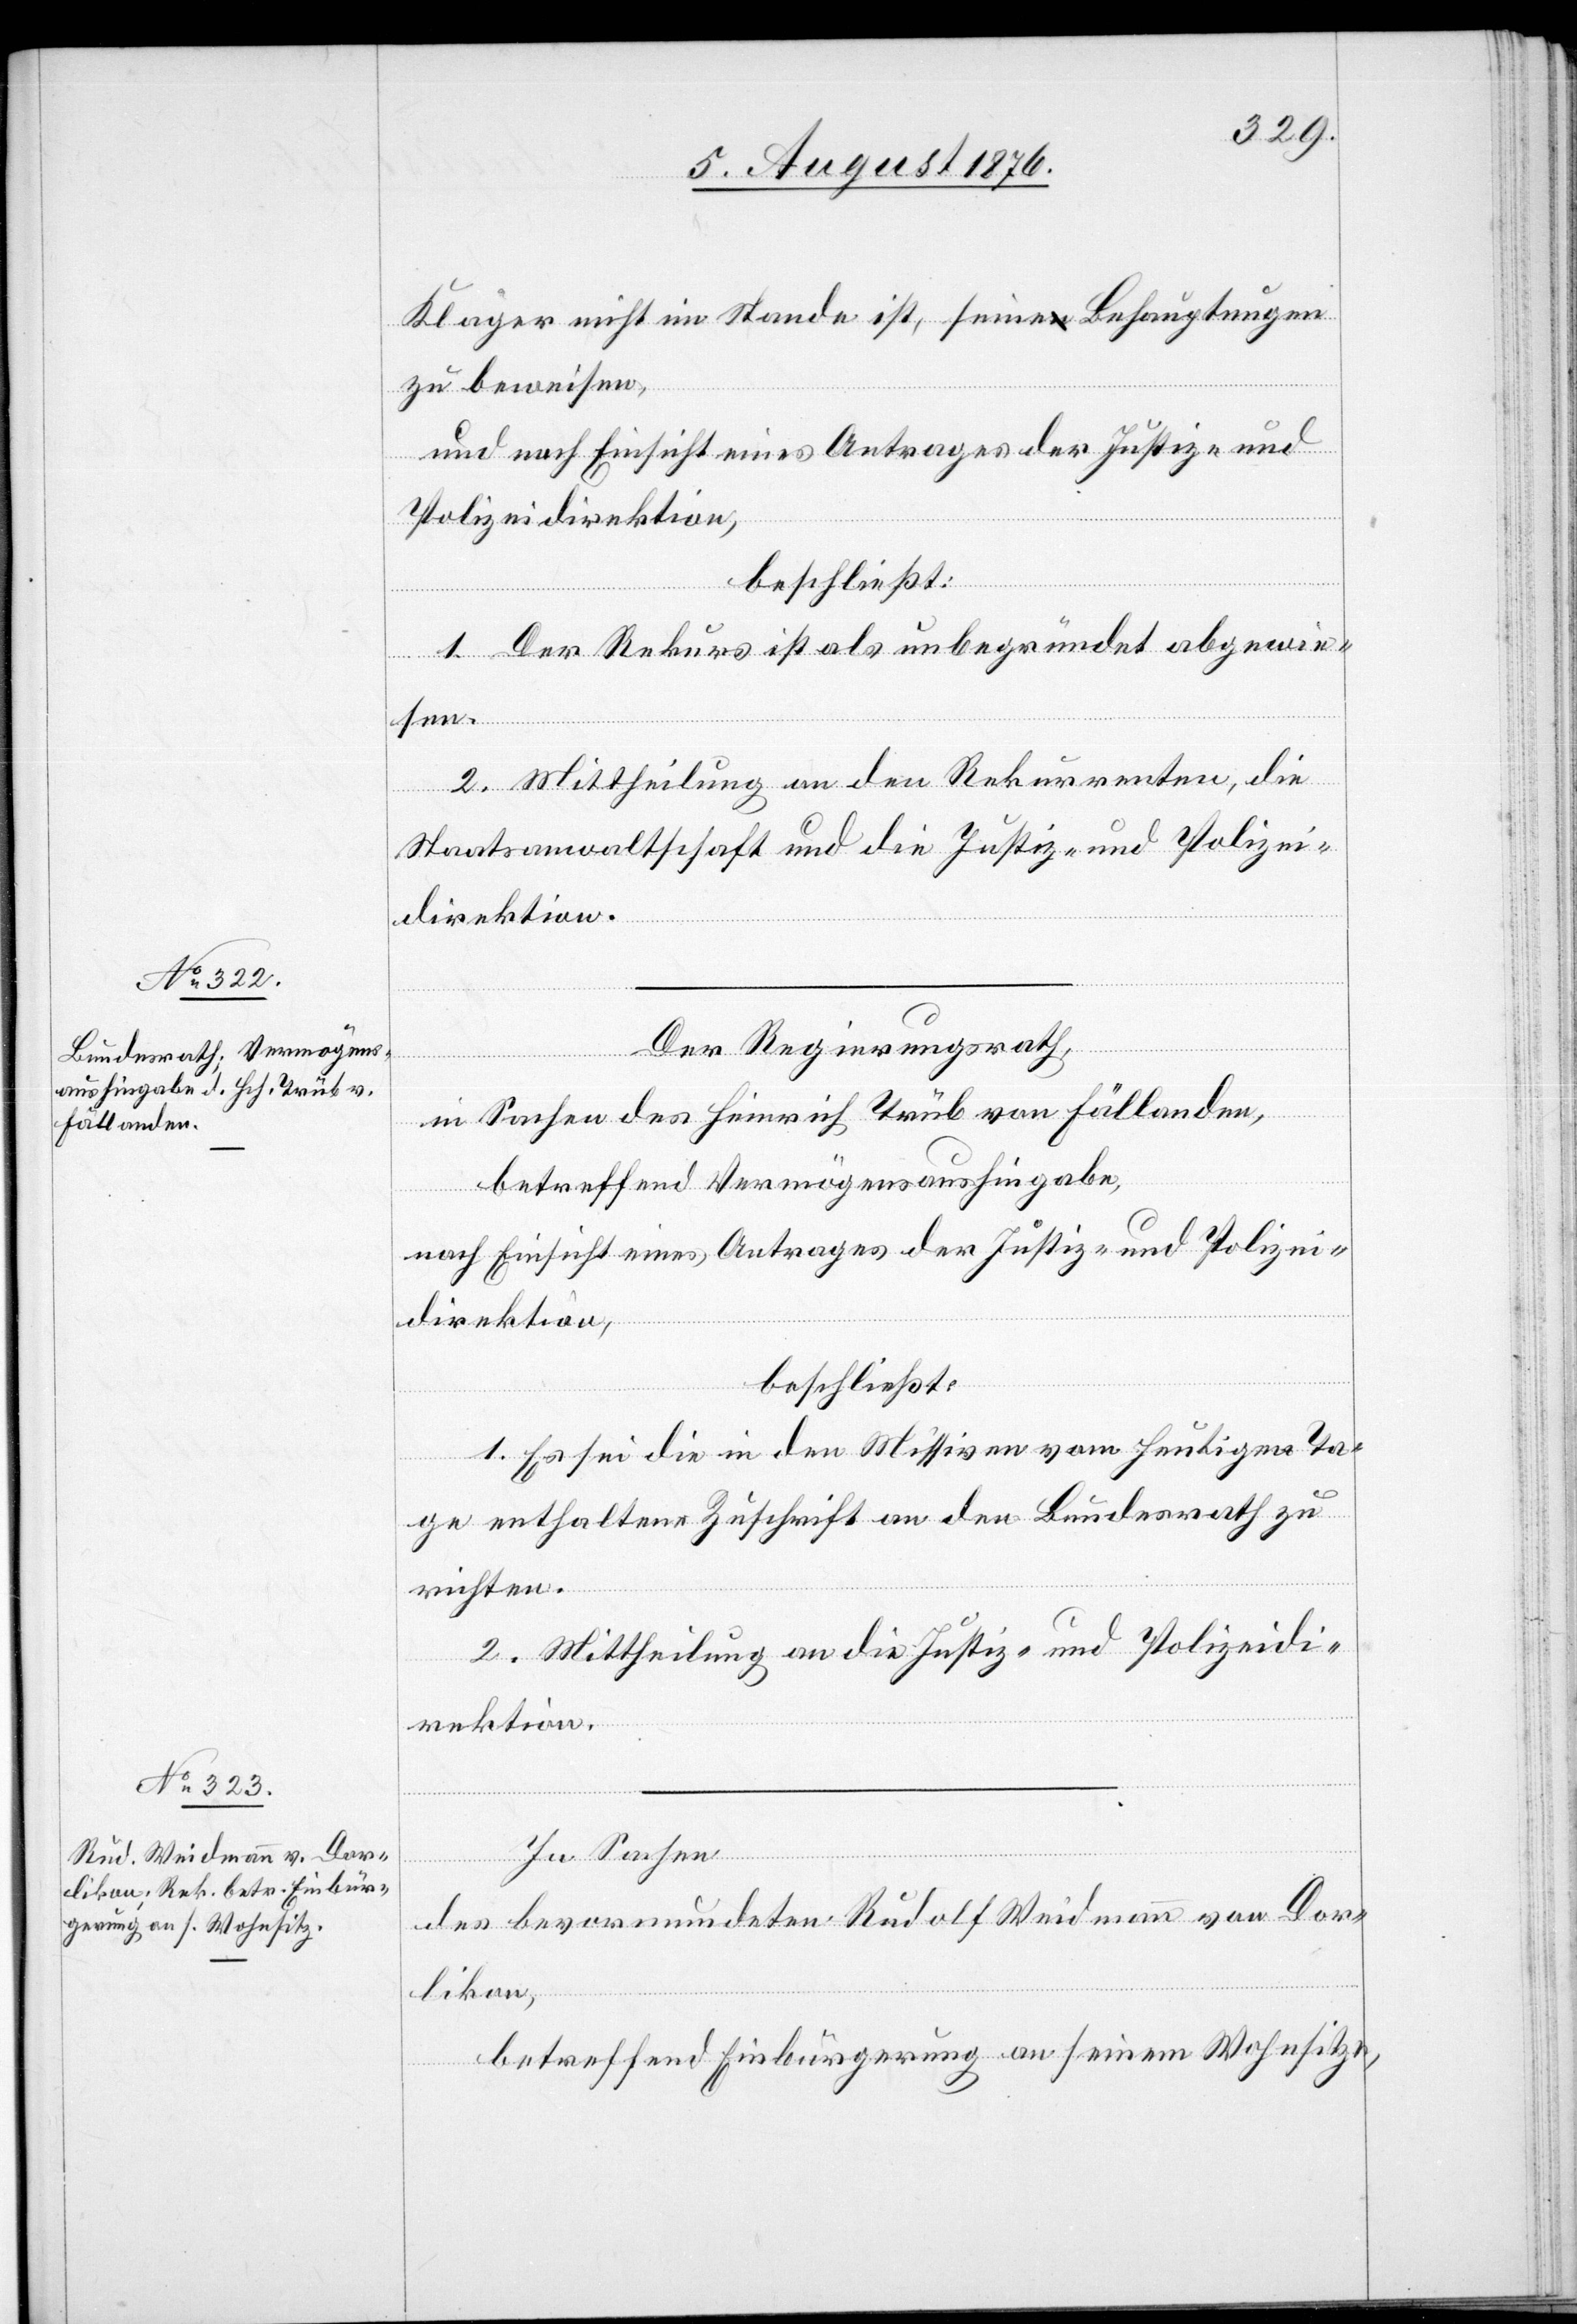
Kläger nicht im Stande ist, seine Behauptungen
zu beweisen,
und nach Einsicht eines Antrages der Justiz- und
Polizeidirektion,
beschließt:
1. Der Rekurs ist als unbegründet abzuwe¬
isen.
2. Mittheilung an den Rekurrenten, die
Staatsanwaltschaft und die Justiz- und Polizei¬
direktion.
Der Regierungsrath,
in Sachen des Heinrich Trüb von Fällanden,
betreffend Vermögensaushingabe,
nach Einsicht eines Antrages der Justiz- und Polizei¬
direktion,
beschließt:
1. Es sei die in den Missiven vom heutigen Ta¬
ge enthaltene Zuschrift an den Bundesrath zu
richten
2. Mittheilung an die Justiz- und Polizeidi¬
rektion.
In Sachen
des bevormundeten Rudolf Weidmann von Dor¬
likon,
betreffend Einbürgerung an seinem Wohnsitze,